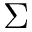
\Sigma